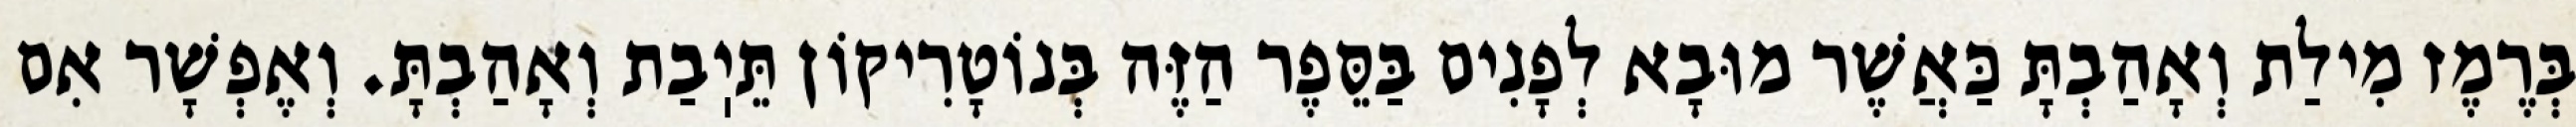
בְּרֶמֶז מִילַת וְאָהַבְתָּ כַּאֲשֶׁר מוּבָא לְפָנִים בַּסֵּפֶר הַזֶּה בְּנוֹטָרִיקוֹן תֵּיֽבַת וְאָהַבְתָּ. וְאֶפְשָׁר אִם